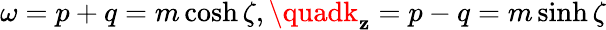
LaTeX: \omega=p+q=m\cosh\zeta,\quadk_{\mathbf{z}}=p-q=m\sinh\zeta